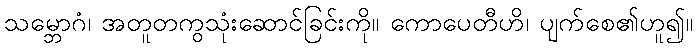
သမ္ဘောဂံ၊ အတူတကွသုံးဆောင်ခြင်းကို။ ကောပေတီဟိ၊ ပျက်စေ၏ဟူ၍။